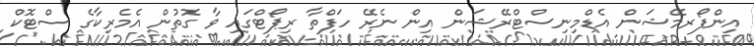
އިންފޯރމޭޝަން އެޑްމިނިސްޓްރޭޝަން އިން ނެރޭ ހަފްތާ ރިޕޯޓްގައި ވާ ގޮތުން އެމެރިކާގެ ސްޓޮކް